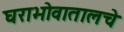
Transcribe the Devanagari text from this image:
घराभोवातालचे